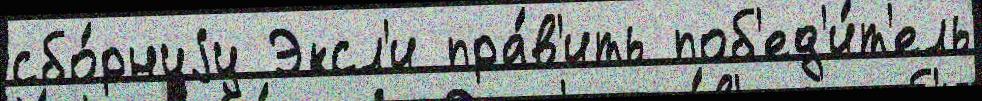
сбо́рнуjу Эксл'и пра́в'ить поб'ед'и́т'ель